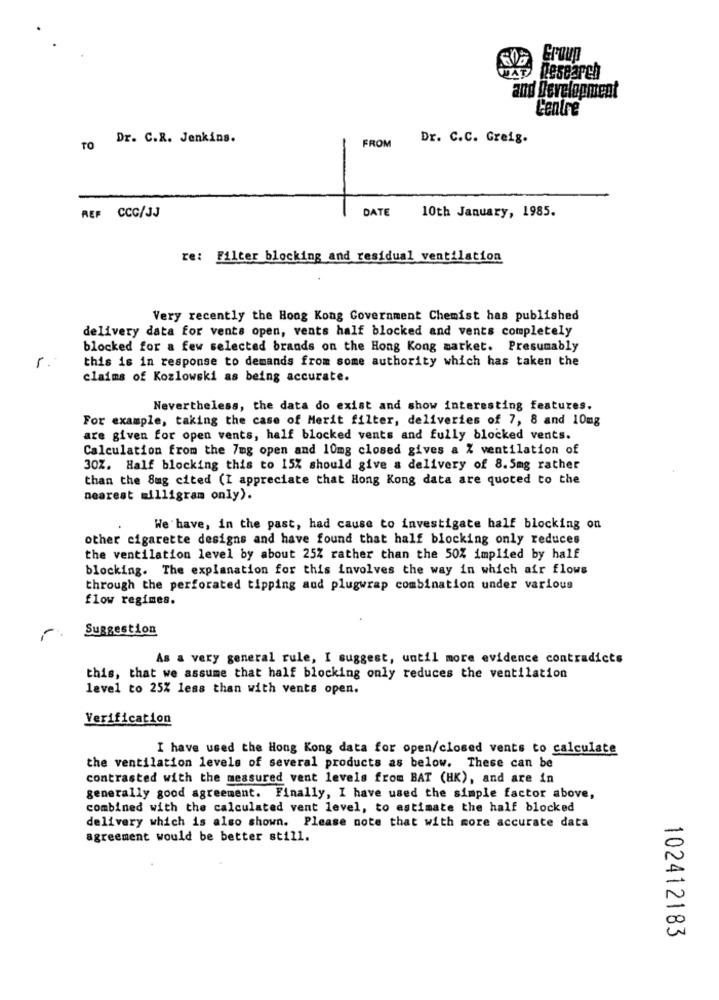
Research
and Development
Centre
Dr. C.R. Jenkins.
Dr. C.C. Greig.
TO
FROM
REF CCC/JJ
DATE
10th January, 1985.
re: Filter blocking and residual ventilation
Very recently the Hong Kong Government Chemist has published
delivery data for vents open, vents half blocked and vents completely
blocked for a few selected brands on the Hong Kong market. Presumably
r.
this is in response to demands from some authority which has taken the
claims of Kozlowski as being accurate.
Nevertheless, the data do exist and show interesting features.
For example, taking the case of Merit filter, deliveries of 7, 8 and 10mg
are given for open vents, half blocked vents and fully blocked vents.
Calculation from the 7mg open and 10mg closed gives a % ventilation of
30Z. Half blocking this to 15% should give & delivery of 8.5mg rather
than the Sug cited (I appreciate that Hong Kong data are quoted to the
nearest milligram only).
We have, in the past, had cause to investigate half blocking on
other cigarette designs and have found that half blocking only reduces
the ventilation level by about 25% rather than the 50% implied by half
blocking. The explanation for this involves the way in which air flows
through the perforated tipping aud plugwrap combination under various
flow regimes.
Suggestion
As a very general rule, I suggest, until more evidence contradicts
this, that we assume that half blocking only reduces the ventilation
level to 25% less than with vents open.
Verification
I have used the Hong Kong data for open/closed vents to calculate
the ventilation levels of several products as below. These can be
contrasted with the measured vent levels from BAT (HK), and are in
generally good agreement. Finally, I have used the simple factor above,
combined with the calculated vent level, to estimate the half blocked
delivery which is also shown. Please note that with more accurate data
agreement would be better still.
102412183